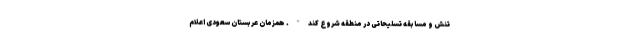
تنش و مسابقه تسلیحاتی در منطقه شروع کند". همزمان عربستان سعودی اعلام